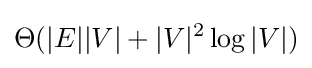
\Theta (|E||V|+|V|^{2}\log |V|)